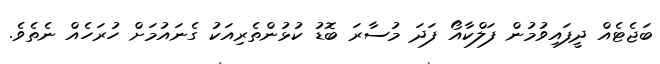
ބަޖެޓެއް ދީފައިވުމުން ފަލްކާއޯ ފަދަ މުސާރަ ބޮޑު ކުޅުންތެރިއަކު ގެނައުމަށް ހުރަހެއް ނެތެވެ.